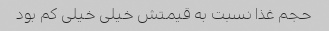
حجم غذا نسبت به قیمتش خیلی خیلی کم بود